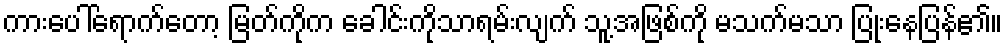
ကားပေါ်ရောက်တော့ မြတ်ကိုက ခေါင်းကိုသာရမ်းလျက် သူ့အဖြစ်ကို မသက်မသာ ပြုံးနေပြန်၏။